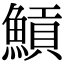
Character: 𩹸